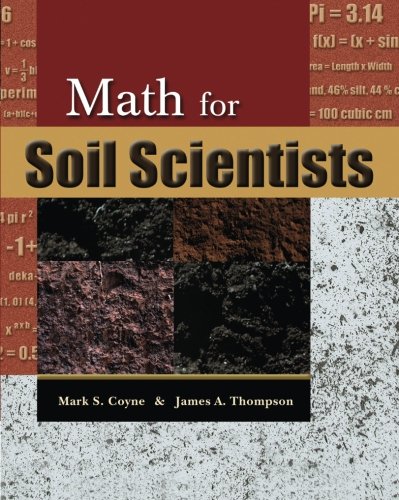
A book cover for Math for Soil Scientists; James A Thompson; Science & Math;